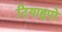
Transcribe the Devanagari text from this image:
टियाहुपो